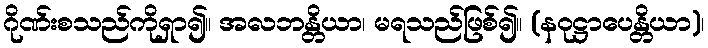
ဂိုဏ်းစသည်ကိုရှာ၍။ အလဘန္တိယာ၊ မရသည်ဖြစ်၍။ (နဝုဋ္ဌာပေန္တိယာ)၊